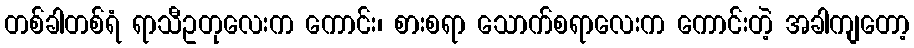
တစ်ခါတစ်ရံ ရာသီဥတုလေးက ကောင်း၊ စားစရာ သောက်စရာလေးက ကောင်းတဲ့ အခါကျတော့